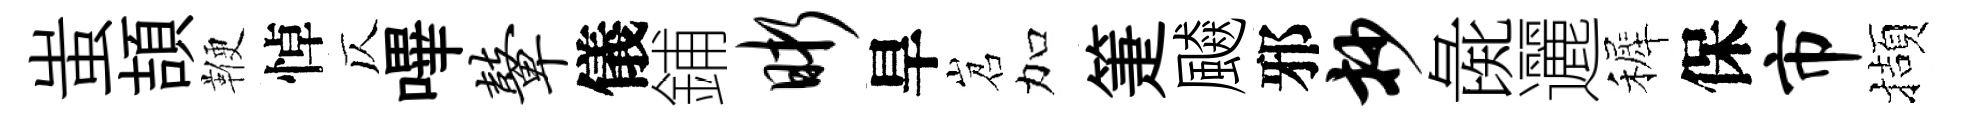
蚩頡鞭悼仄嗶鼙儀鋪晰旱岧加箑飇邪抄彘邐裤保市擷